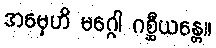
အမှေဟိ မဂ္ဂေါ ဂစ္ဆီယန္တေ။